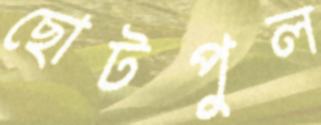
ছোটপুল